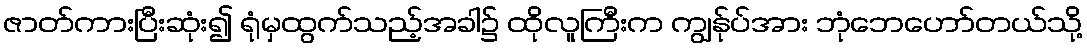
ဇာတ်ကားပြီးဆုံး၍ ရုံမှထွက်သည့်အခါ၌ ထိုလူကြီးက ကျွန်ုပ်အား ဘုံဘေဟော်တယ်သို့